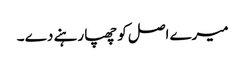
میرے اصل کو چھپا رہنے دے ۔